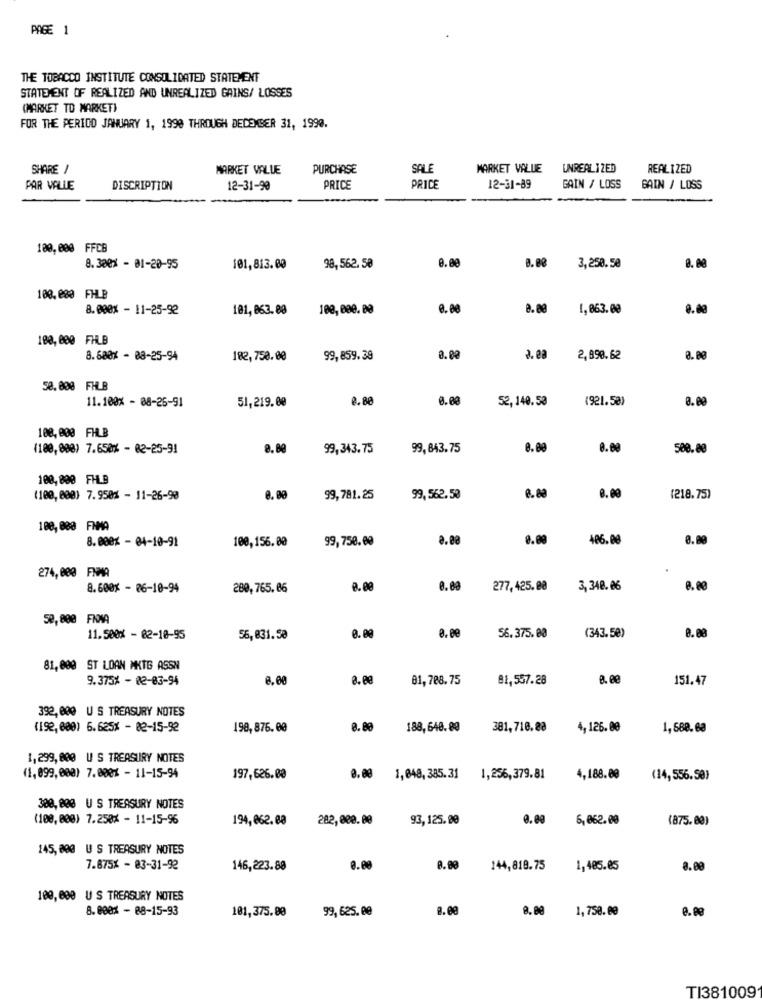
PAGE 1
THE TOBACCO INSTITUTE CONSOLIDATED STATEMENT
STATEMENT OF REALIZED AND UNREALIZED GAINS/ LOSSES
(MARKET TO MARKET)
FOR THE PERIOD JANUARY 1, 1990 THROUGH DECEMBER 31, 1990.
SHARE /
MARKET VALUE
PURCHASE
SALE
MARKET VALUE
UNREAL IZED
REALIZED
PAR VALLE
DISCRIPTION
12-31-90
PRICE
PRICE
12-31-89
GAIN / LOSS
BAIN / LOSS
100,000 FFCB
8. 300x - 01-20-95
101,813.00
98,562,50
0.00
3,250.50
8.00
100.080 FHLB
8.000% - 11-25-92
181, 863.80
100, 000. 00
1,863.00
0.00
188, 000 FHLB
8.600x - 88-25-94
182,750.00
99,859.39
0.00
2,990.62
0.00
58.008 FHLB
11.100% - 08-26-91
51,219.00
8.80
0.00
52,140.50
(921.52)
0.00
100, 000 FHLB
(100, 808) 7.650% - 82-25-91
8.80
99,343.75
99, 843.75
0.00
500.80
108, 800 FHLB
(100, 000) 7.950% - 11-26-90
0.00
99,781.25
99, 562.50
(218.75)
188, 888 FNMA
8.000% - 04-10-91
100,156.00
99,750.09
486.08
0.00
274, 000 FNMA
8.600% - 26-10-94
280, 765.86
277,425.08
3, 348. 06
50,800 FINA
11.500% - 82-18-95
56,831.50
56.375.00
(343.50)
8.00
81,800 ST LOAN MKTG ASSN
9.375% - 02-03-94
8.00
81,788.75
81,557.28
B. B
151.47
392, 000 US TREASURY NOTES
(192, 000) 6.625% - 82-15-92
198, 876.00
8. 80
188,648.80
381,710.88
4, 126.00
1,588.63
1,299, 800 US TREASURY NOTES
(1,899,000) 7.000% - 11-15-94
197,626.00
0.00 1,848, 385. 31
1,256,379.81
4,188.00
(14,556.50)
300, 800 US TREASURY NOTES
(100,000) 7.250% - 11-15-96
194,062.00
282,020.00
93, 125.00
6,062.00
(875.00)
145, 800 US TREASURY NOTES
7.875% - 83-31-92
146,223.88
8.00
144,818.75
1,405.05
8.00
100, 000 US TREASURY NOTES
8. 000% - 88-15-93
101,375.80
99,625. 00
8.00
1,750.00
TI381009